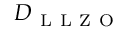
D _ { \mathrm { ~ L ~ L ~ Z ~ O ~ } }